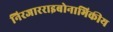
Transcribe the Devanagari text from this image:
निरजारराइबोनाभिकीय